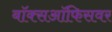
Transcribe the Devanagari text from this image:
बॉक्सऑफिसवर